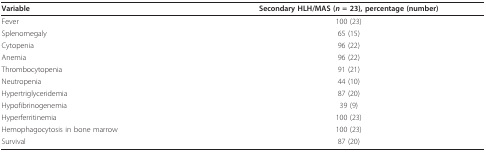
<table><thead><tr><td><b>Variable</b></td><td><b>Secondary HLH/MAS (<i>n </i>= 23), percentage (number)</b></td></tr></thead><tbody><tr><td>Fever</td><td>100 (23)</td></tr><tr><td>Splenomegaly</td><td>65 (15)</td></tr><tr><td>Cytopenia</td><td>96 (22)</td></tr><tr><td>Anemia</td><td>96 (22)</td></tr><tr><td>Thrombocytopenia</td><td>91 (21)</td></tr><tr><td>Neutropenia</td><td>44 (10)</td></tr><tr><td>Hypertriglyceridemia</td><td>87 (20)</td></tr><tr><td>Hypofibrinogenemia</td><td>39 (9)</td></tr><tr><td>Hyperferritinemia</td><td>100 (23)</td></tr><tr><td>Hemophagocytosis in bone marrow</td><td>100 (23)</td></tr><tr><td>Survival</td><td>87 (20)</td></tr></tbody></table>